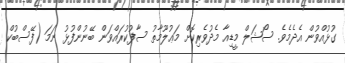
ގުޅުއްވުން އެދެމެވެ. ސޯޝަލް މީޑިއާ މެދުވެރިކޮށް މަޢުލޫމާތު ސާފުކުރައްވަން ބޭނުންފުޅު ނަމަ (ފޭސްބުކް